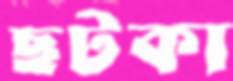
ছটকা